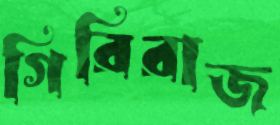
গিরিরাজ